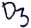
Text: D3